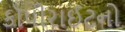
કૉપીરાઈટનો